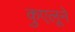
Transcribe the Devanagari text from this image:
कुएलूने